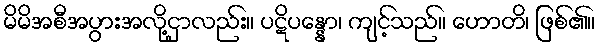
မိမိအစီအပွားအလို့ငှာလည်း။ ပဋိပန္နော၊ ကျင့်သည်။ ဟောတိ၊ ဖြစ်၏။